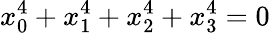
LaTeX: x_{0}^{4}+x_{1}^{4}+x_{2}^{4}+x_{3}^{4}=0